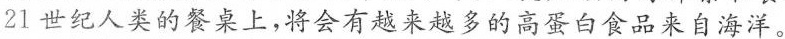
21世纪人类的餐桌上，将会有越来越多的高蛋白食品来自海洋。